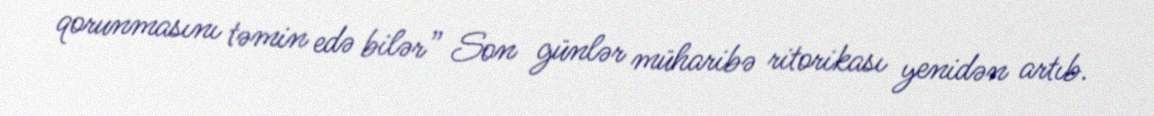
qorunmasını təmin edə bilər” Son günlər müharibə ritorikası yenidən artıb.